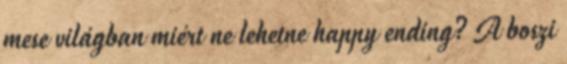
mese világban miért ne lehetne happy ending? A boszi